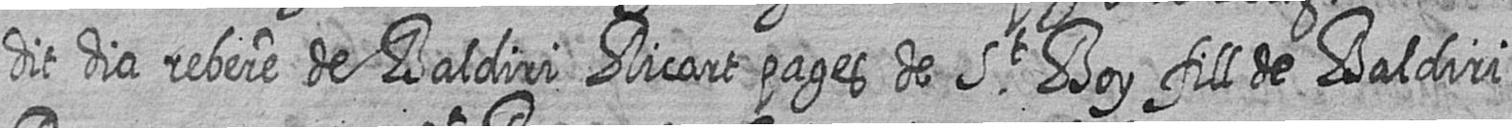
dit dia rebere de Baldiri Ricart pages de St Boy fill de Baldiri